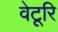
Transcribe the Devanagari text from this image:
वेटूरि